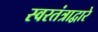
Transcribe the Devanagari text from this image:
स्वरतंत्राद्वारे